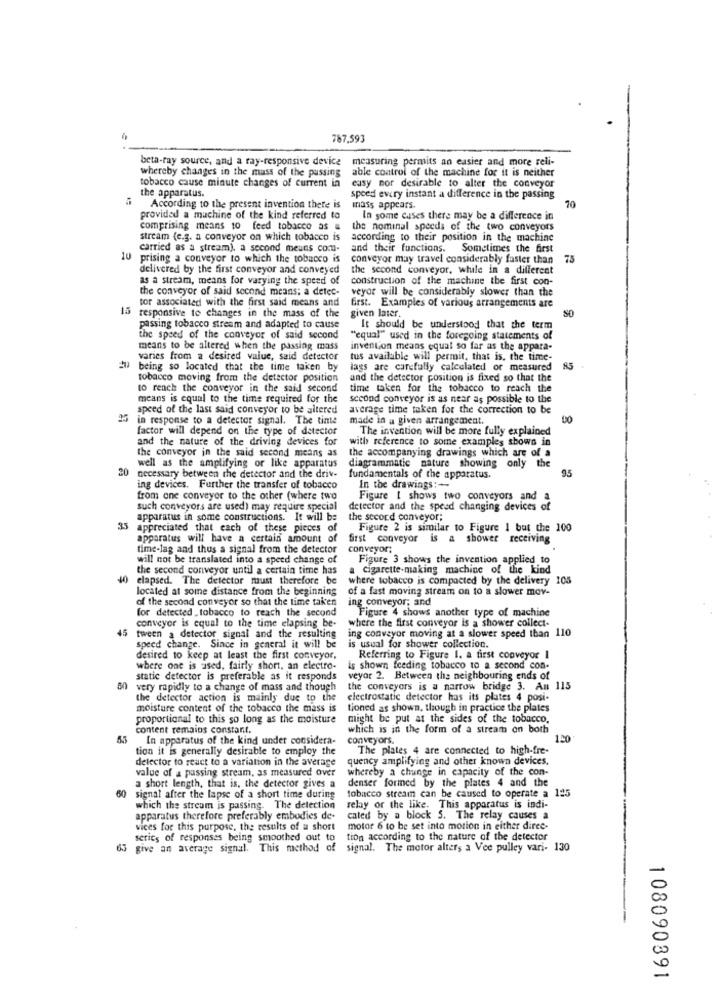
787,593
beta-fay source, and a ray-responsive device measuring permits an easier and more reli-
whereby changes in the muss of the passing
able control of the machine for it is neither
tobacco cause minute changes of current in
easy nor desirable to alter the conveyor
the apparatus.
speed every instant a difference in the passing
70
According to the present invention thete is
mass appears.
provided a machine of the kind referred to
.In some cases there may be a difference in
comprising means to feed tobacco as =
the nominal speeds of the two conveyors
stream (e.g. a conveyor on which tobacco is
according to their position in the machine
carried as a stream), a second means com-
and their functions. Sometimes the first
10 prising a conveyor to which the tobacco is
conveyor may travel considerably faster than
75
delivered by the first conveyor and conveyed
the second conveyor, while in a different
as a stream, means for varying the speed of
construction of the machine the first con-
the conveyor of said second means; a detec-
veyor will be considerably slower than the
tor associated with the first said means and
first. Examples of various arrangements are
15
responsive to changes in the mass of the
given later.
passing tobacco stream and adapted to cause
It should be understood that the term
the speed of the conveyor of said second
"equal" used in the foregoing statements of
means to be altered when the passing mass
invention means equal so far as the appara-
varies from a desired value, said detector
tus available will permit, that is, the time-
being so located that the time taken by
lags are carefully calculated or measured
tobacco moving from the detector position
and the detector position is fixed so that the
to reach the conveyor in the said second
time taken for the tobacco to reach the
means is equal to the time required for the
sccond conveyor is as near as possible to the
speed of the last said conveyor to be altered
average time taken for the correction to be
25 in response to a detector signal. The tinte
made in a given arrangement.
factor will depend on the type of detector
The invention will be more fully explained
and the nature of the driving devices for
with reference to some examples shows in
the conveyor in the said second means as
the accompanying drawings which are of a
well as the amplifying or like apparatus
diagrammatic nature showing only the
95
20 necessary between the detector and the driv-
fundamentals of the apparatus.
ing devices. Further the transfer of tobacco
In the drawings:+
from one conveyor to the other (where two
Figure 1 shows two conveyors and a
such conveyors are used) may require special
detector and the speed changing devices of
apparatus in some constructions. It will be
the second conveyor;
35
appreciated that each of these pieces of
Figure 2 is similar to Figure 1 but the 100
apparatus will have a certain amount of
first conveyor is a shower receiving
time-lag and thus a signal from the detector
conveyor;
will not be translated into a speed change of
Figure 3 shows the invention applied to
the second conveyor until a certain time has
Cigarette-making machine of the kind
40 elapsed. The detector must therefore be
where tobacco is compacted by the delivery 105
located at some distance from the beginning
of a fast moving stream on to a slower mov-
of the second conveyor so that the time taken
ing conveyor; and
for detected _ tobacco to reach the second
Figure 4 shows another type of machine
where the first conveyor is a shower collect-
45
conveyor is equal to the time elapsing be-
tween a detector signal and the resulting
ing conveyor moving at a slower speed than 110
speed change. Since in general it will be
is usual for shower collection.
desired to keep at least the first conveyor,
Referring to Figure 1. a first conveyor I
where one is used, fairly short, an electro-
is shown feeding tobacco to a second con-
static detector is preferable as it responds
veyor 2. Between the neighbouring ends of
very rapidly to a change of mass and though
the conveyors is a narrow bridge 3. Am 115
the detector action is mainly due to the
electrostatic detector has its plates 4 posi-
moisture content of the tobacco the mass is
tioned as shown, though in practice the plates
proportional to this so long as the moisture
might be put at the sides of the tobacco.
content remains constant.
which is in the form of a stream on both
In apparatus of the kind under considera-
conveyors.
1.20
tion it is generally desirable to employ the
The plates 4 are connected to high-fre-
detector to react to a variation in the average
quency amplifying and other known devices.
value of a passing stream, as measured over
whereby a chunge in capacity of the con-
denser formed by the plates 4 and the
a short length, that is, the detector gives a
signal after the lapse of a short time during
tobacco stream can be caused to operate a 125
which the stream is passing. The detection
relay or the like. This apparatus is indi-
apparatus therefore preferably embodies de-
cated by a block S. The relay causes a
vices for this purpose, the results of a short
motor 6 to be set into motion in either direc-
series of responses being smoothed out to
tion according to the nature of the detector
65 give an average signal. This method of
signal. The motor alters a Vee pulley vari- 130
--
108090891